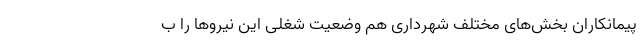
پیمانکارانِ بخش‌هایِ مختلف شهرداری هم وضعیت شغلیِ این نیروها را ب